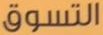
التسوق